Lunatic asylums Burma 1907-21 - 1907-1921
Year: 1907
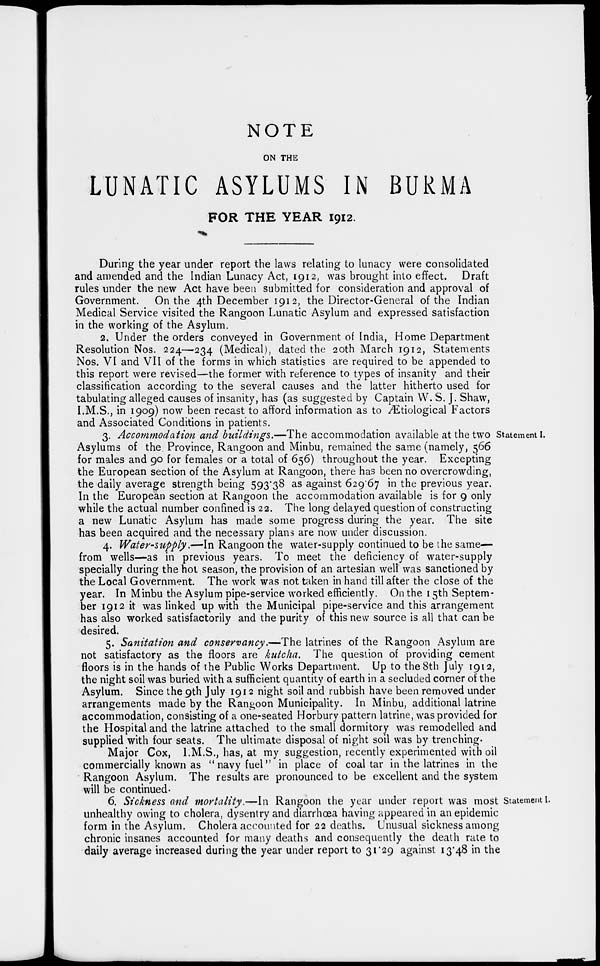
NOTE
ON THE
LUNATIC ASYLUMS IN BURMA
FOR THE YEAR 1912.
During the year under report the laws relating to lunacy were consolidated
and amended and the Indian Lunacy Act, 1912, was brought into effect.
Draft
rules under the new Act have been submitted for consideration and approval of
Government. On the 4th December 1912, the Director-General of the Indian
Medical Service visited the Rangoon Lunatic Asylum and expressed satisfaction
in the working of the Asylum.
2. Under the orders conveyed in Government of India, Home Department
Resolution Nos. 224—234 (Medical), dated the 20th March 1912, Statements
Nos. VI and VII of the forms in which statistics are required to be appended to
this report were revised—the former with reference to types of insanity and their
classification according to the several causes and the latter hitherto used for
tabulating alleged causes of insanity, has (as suggested by Captain W. S. J. Shaw,
I.M.S., in 1909) now been recast to afford information as to Ætiological Factors
and Associated Conditions in patients.
Statement I.
3. Accommodation and buildings.— The accommodation available at the two
Asylums of the Province, Rangoon and Minbu, remained the same (namely, 566
for males and 90 for females or a total of 656) throughout the year. Excepting
the European section of the Asylum at Rangoon, there has been no overcrowding
the daily average strength being 593.38 as against 629.67 in the previous year.
In the European section at Rangoon the accommodation available is for 9 only
while the actual number confined is 22. The long delayed question of constructing
a new Lunatic Asylum has made some progress during the year. The site
has been acquired and the necessary plans are now under discussion.
4. Water-supply.—In Rangoon the water-supply continued to be the same—
from wells—as in previous years. To meet the deficiency of water-supply
specially during the hot season, the provision of an artesian well was sanctioned by
the Local Government. The work was not taken in hand till after the close of the
year. In Minbu the Asylum pipe-service worked efficiently. On the 15th Septem-
ber 1912 it was linked up with the Municipal pipe-service and this arrangement
has also worked satisfactorily and the purity of this new source is all that can be
desired.
5. Sanitation and conservancy.—The latrines of the Rangoon Asylum are
not satisfactory as the floors are kutcha. The question of providing cement
floors is in the hands of the Public Works Department. Up to the 8th July 1912,
the night soil was buried with a sufficient quantity of earth in a secluded corner of the
Asylum. Since the 9th July 1912 night soil and rubbish have been removed under
arrangements made by the Rangoon Municipality. In Minbu, additional latrine
accommodation, consisting of a one-seated Horbury pattern latrine, was provided for
the Hospital and the latrine attached to the small dormitory was remodelled and
supplied with four seats. The ultimate disposal of night soil was by trenching.
Major Cox, I.M.S., has, at my suggestion, recently experimented with oil
commercially known as " navy fuel" in place of coal tar in the latrines in the
Rangoon Asylum. The results are pronounced to be excellent and the system
will be continued-
Statement I.
6. Sickness and mortality.—In Rangoon the year under report was most
unhealthy owing to cholera, dysentry and diarrhœa having appeared in an epidemic
form in the Asylum. Cholera accounted for 22 deaths. Unusual sickness among
chronic insanes accounted for many deaths and consequently the death rate to
daily average increased during the year under report to 31.29 against 13.48 in the